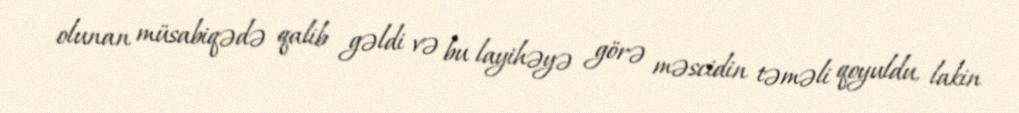
olunan müsabiqədə qalib gəldi və bu layihəyə görə məscidin təməli qoyuldu, lakin